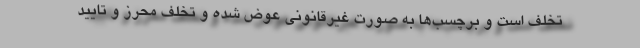
تخلف است و برچسب‌ها به صورت غیرقانونی عوض شده و تخلف محرز و تایید